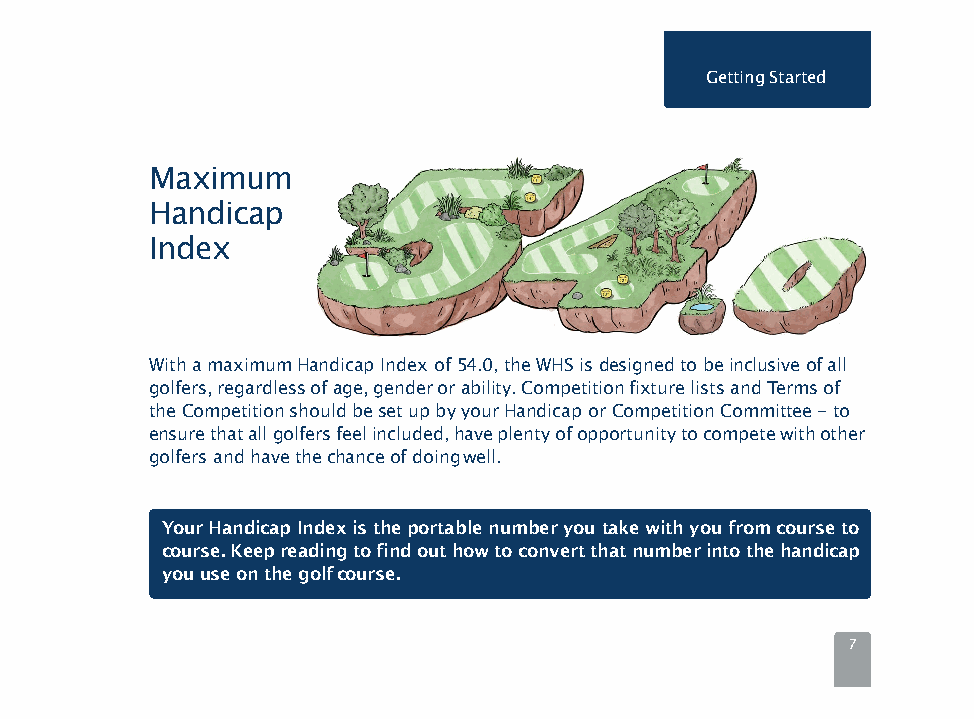
GettingStarted
 Maximum
 Handicap
 Index
 With a maximum Handicap Index of 54.0, the WHS is designed to be inclusive of all
 golfers, regardless of age, gender or ability. Competition fixture lists and Terms of
 the Competition should be set up by your Handicap or Competition Committee -to
 ensurethatallgolfersfeelincluded,haveplentyofopportunitytocompetewithother
 golfers and have the chance of doingwell.
 YourHandicapIndexistheportablenumberyoutakewithyoufromcourseto
 course.Keepreadingtofindouthowtoconvertthatnumberintothehandicap
 youuseonthegolfcourse.
 7